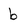
Character: b